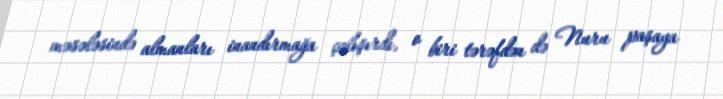
məsələsində almanları inandırmağa çalışırdı, o biri tərəfdən də Nuru paşaya